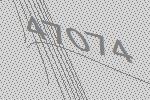
47074